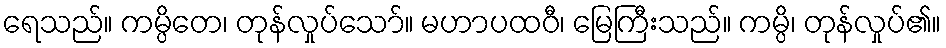
ရေသည်။ ကမ္ပိတေ၊ တုန်လှုပ်သော်။ မဟာပထဝီ၊ မြေကြီးသည်။ ကမ္ပိ၊ တုန်လှုပ်၏။